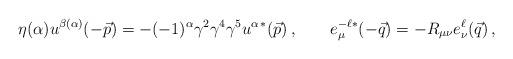
LaTeX: \begin{align*}\eta(\alpha) u^{\beta(\alpha)}(-\vec{p}) = -(-1)^\alpha \gamma^2 \gamma^4 \gamma^5 u^{\alpha\,*}(\vec{p}) \,, \qquad e^{-\ell*}_\mu (-\vec{q}) = - R_{\mu\nu} e^\ell_\nu(\vec{q}) \,, \end{align*}